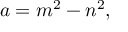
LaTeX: a = m ^ { 2 } - n ^ { 2 } ,